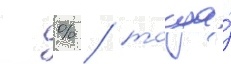
г % / тогда́